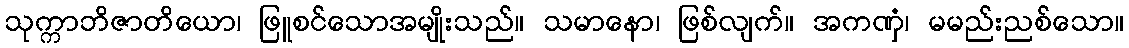
သုက္ကာဘိဇာတိယော၊ ဖြူစင်သောအမျိုးသည်။ သမာနော၊ ဖြစ်လျက်။ အကဏှံ၊ မမည်းညစ်သော။